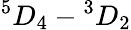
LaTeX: ^5D_{4}-{}^{3}D_{2}